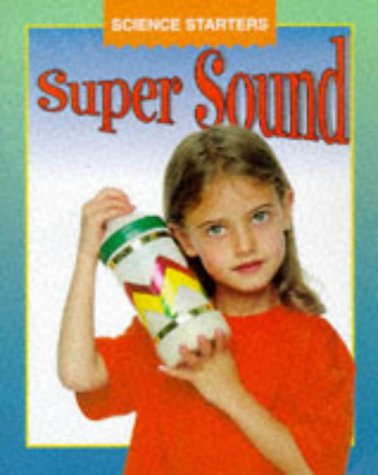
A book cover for Super Sound (Science Starters); Wendy Madgwick; Children's Books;